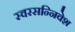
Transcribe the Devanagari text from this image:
स्वरसन्निवेश